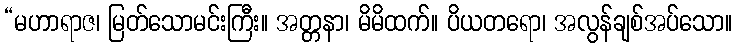
“မဟာရာဇ၊ မြတ်သောမင်းကြီး။ အတ္တနာ၊ မိမိထက်။ ပိယတရော၊ အလွန်ချစ်အပ်သော။